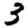
Digit: 3